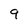
Character: 9